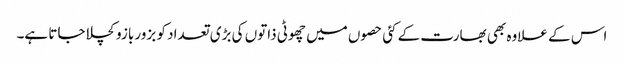
اس کے علاوہ بھی بھارت کے کئی حصوں میں چھوٹی ذاتوں کی بڑی تعداد کو بزور بازو کچلا جاتا ہے۔